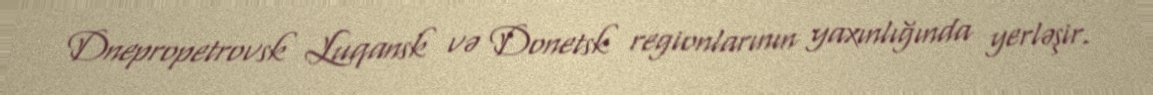
Dnepropetrovsk Luqansk və Donetsk regionlarının yaxınlığında yerləşir.